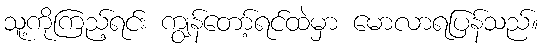
သူ့ကိုကြည့်ရင်း ကျွန်တော့်ရင်ထဲမှာ မောလာရပြန်သည်။